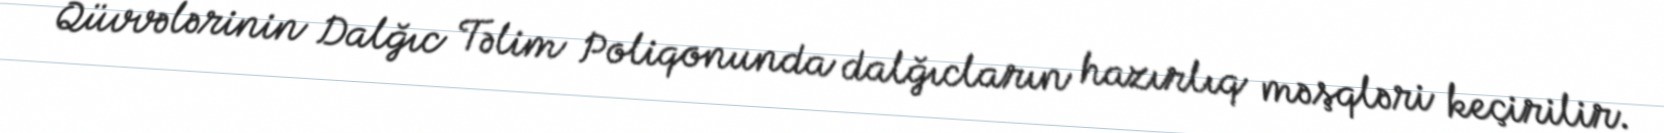
Qüvvələrinin Dalğıc Təlim Poliqonunda dalğıcların hazırlıq məşqləri keçirilir.